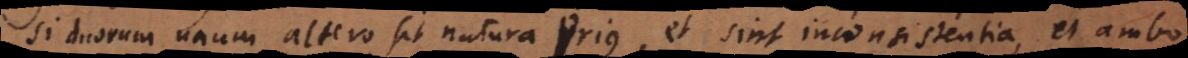
Si duorum unum altero sit natura prius, et sint inconsistentia, et ambo